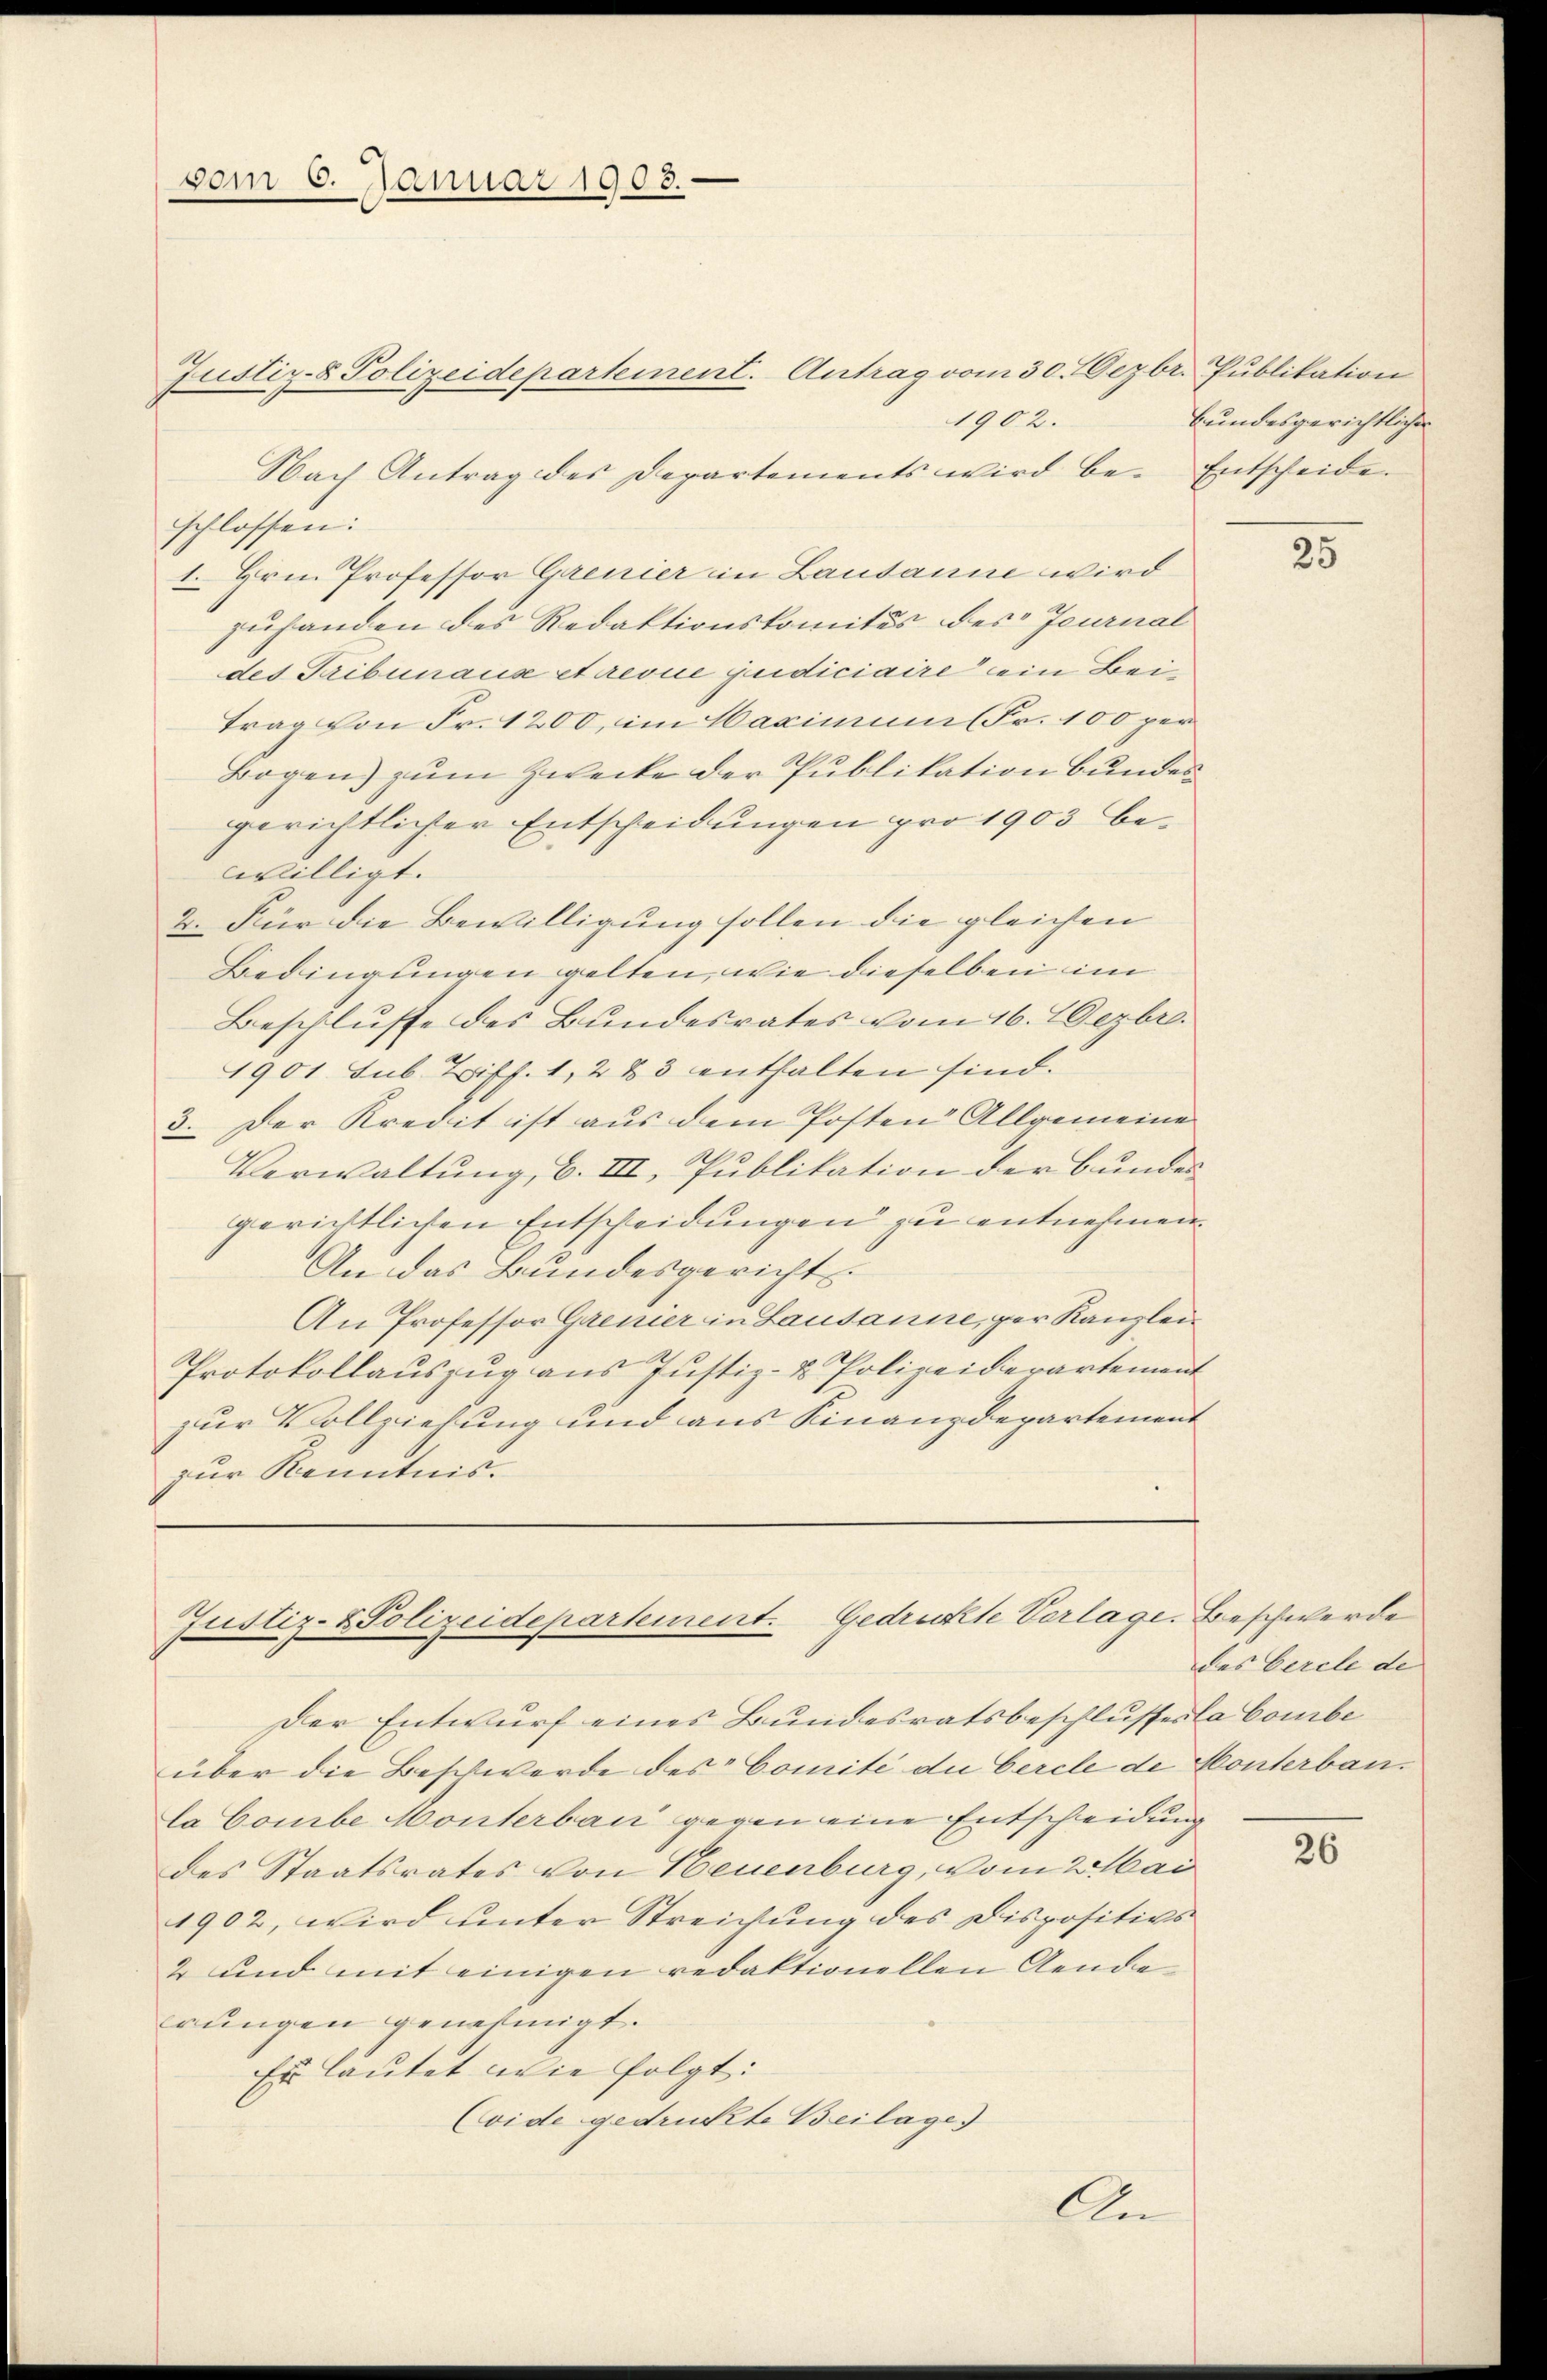
vom 5. Januar 1903.

Justiz- & Polizeidepartement. Gedruckte Vorlage. Beschwerde

Justiz- & Polizeidepartement. Antrag vom 30. Dezbr. Publikation
1902.
Nach Antrag des Departements wird be- Entscheide
schlossen:
1. Hrn. Professor Grenier in Lausanne wird
zuhanden des Redaktionskomités des Journal
des Tribunaus et revue judiciaire ein Beitrag von Fr. 1200, im Maximum Fr. 100 per
Bogen) zum Zwecke der Publikation bundes
gerichtlicher Entscheidungen pro 1903 bewwilligt.
2. Für die Bewilligung sollen die gleichen
Bedingungen gelten, wie dieselben im
Beschlusse des Bundesrates vom 16. Dezbr.
1901 sub. Triff. 1, 2 & 3 enthalten sind.
3. Der Kredit ist aus dem Posten Allgemeine
Verwaltung, b. III, Publikation der Bundes
gerichtlichen Entscheidungen zu entnehmen.
An das Bundesgericht.
An Professor Genier in Lausanne, ger Kanzlei
Protokollauszug aus Justiz- & Polizeiderartement
zur Vollziehung und aus Finanzdepartement
zur Kenntnis.

Der Entwurf eines Bundesratsbeschlusses la Combe
über die Beschwerde des Comite die Cercle de Honterbaula Combe Monterbau gegen eine Entscheidung
des Staatsrates von Neuenburg, vom 2. Mai
1902, wird unter Streichung des Dispositivs
4 und mit einigen redaktionellen Aende
rungen genehmigt.
Er lautet wie folgt:
(vide gedruckte Beilage)
An

bundesgerichtlicher

25

des Cercle de

26